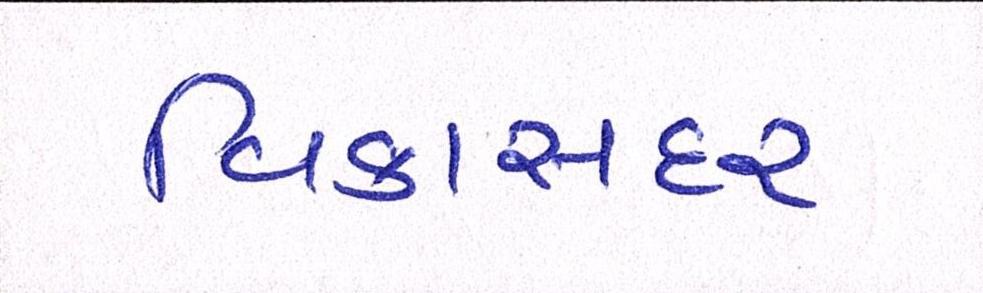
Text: વિકાસદર